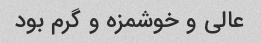
عالی و خوشمزه و گرم بود